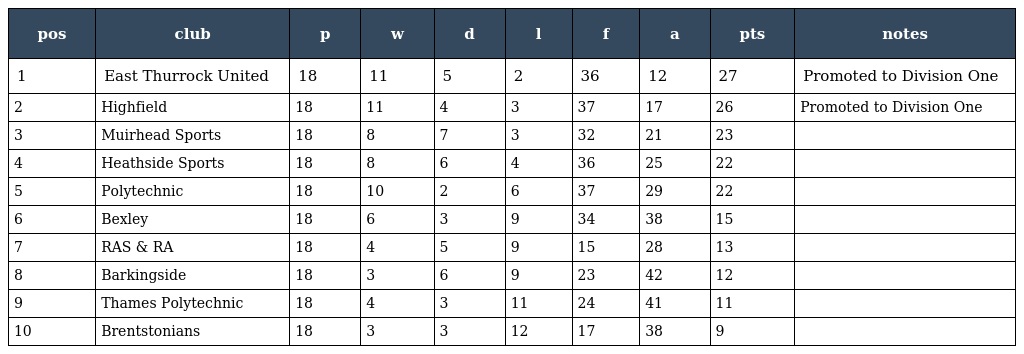
| pos | club | p | w | d | l | f | a | pts | notes |
 | --- | --- | --- | --- | --- | --- | --- | --- | --- | --- |
 | 1 | East Thurrock United | 18 | 11 | 5 | 2 | 36 | 12 | 27 | Promoted to Division One |
 | 2 | Highfield | 18 | 11 | 4 | 3 | 37 | 17 | 26 | Promoted to Division One |
 | 3 | Muirhead Sports | 18 | 8 | 7 | 3 | 32 | 21 | 23 |  |
 | 4 | Heathside Sports | 18 | 8 | 6 | 4 | 36 | 25 | 22 |  |
 | 5 | Polytechnic | 18 | 10 | 2 | 6 | 37 | 29 | 22 |  |
 | 6 | Bexley | 18 | 6 | 3 | 9 | 34 | 38 | 15 |  |
 | 7 | RAS & RA | 18 | 4 | 5 | 9 | 15 | 28 | 13 |  |
 | 8 | Barkingside | 18 | 3 | 6 | 9 | 23 | 42 | 12 |  |
 | 9 | Thames Polytechnic | 18 | 4 | 3 | 11 | 24 | 41 | 11 |  |
 | 10 | Brentstonians | 18 | 3 | 3 | 12 | 17 | 38 | 9 |  |